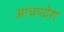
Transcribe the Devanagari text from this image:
आंध्रपद्रेश